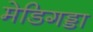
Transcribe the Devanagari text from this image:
मेडिगड्डा